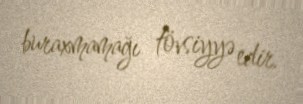
buraxmamağı tövsiyyə edir.